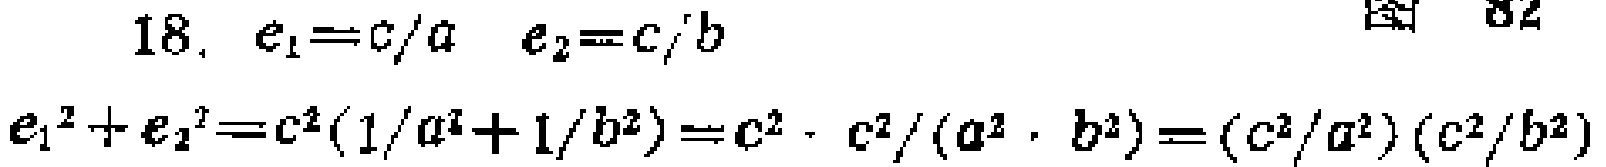
18. \(e_{1}=c/a\quad e_{2}=c/b\)
\(e_{1}^{2}+e_{2}^{2}=c^{2}(1/a^{2}+1/b^{2})=c^{2}\cdot c^{2}/(a^{2}\cdot b^{2})=(c^{2}/a^{2})(c^{2}/b^{2})\)